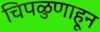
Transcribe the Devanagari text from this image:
चिपळुणाहून